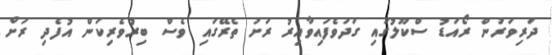
ދަރިވަރުން ރޯއަޑު ސްކޫލުގައި ގަދަވެފައިވާއިރު ރަށު ތެރޭގައި ވެސް ބިރުވެރިކަން އުފެދި ރަށް